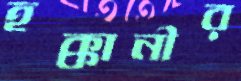
হক্কানীর